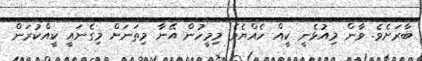
ބާރަށެވެ. ވާން މިއުޅެނީ ކީއް ހެއްޔެވެ މިމީހުން އޭނާ މިތަނަށް މިގެނައީ ކީއްކުރަން